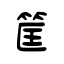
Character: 筐